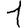
Digit: 1